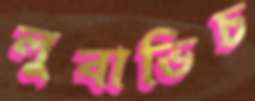
লুবাভিচ